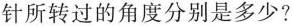
针所转过的角度分别是多少?